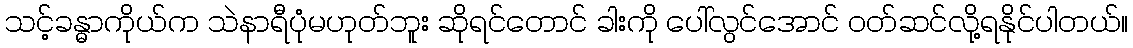
သင့်ခန္ဓာကိုယ်က သဲနာရီပုံမဟုတ်ဘူး ဆိုရင်တောင် ခါးကို ပေါ်လွင်အောင် ဝတ်ဆင်လို့ရနိုင်ပါတယ်။